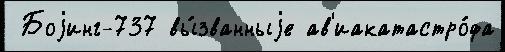
 Боjинг-737 вы́званныjе ав'иакатастро́фа